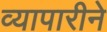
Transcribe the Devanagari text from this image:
व्यापारीने